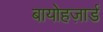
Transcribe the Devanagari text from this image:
बायोहज़ार्ड